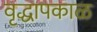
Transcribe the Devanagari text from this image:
वृद्धापकाळ